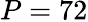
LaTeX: P=72